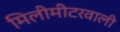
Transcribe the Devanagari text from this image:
मिलीमीटरवाली